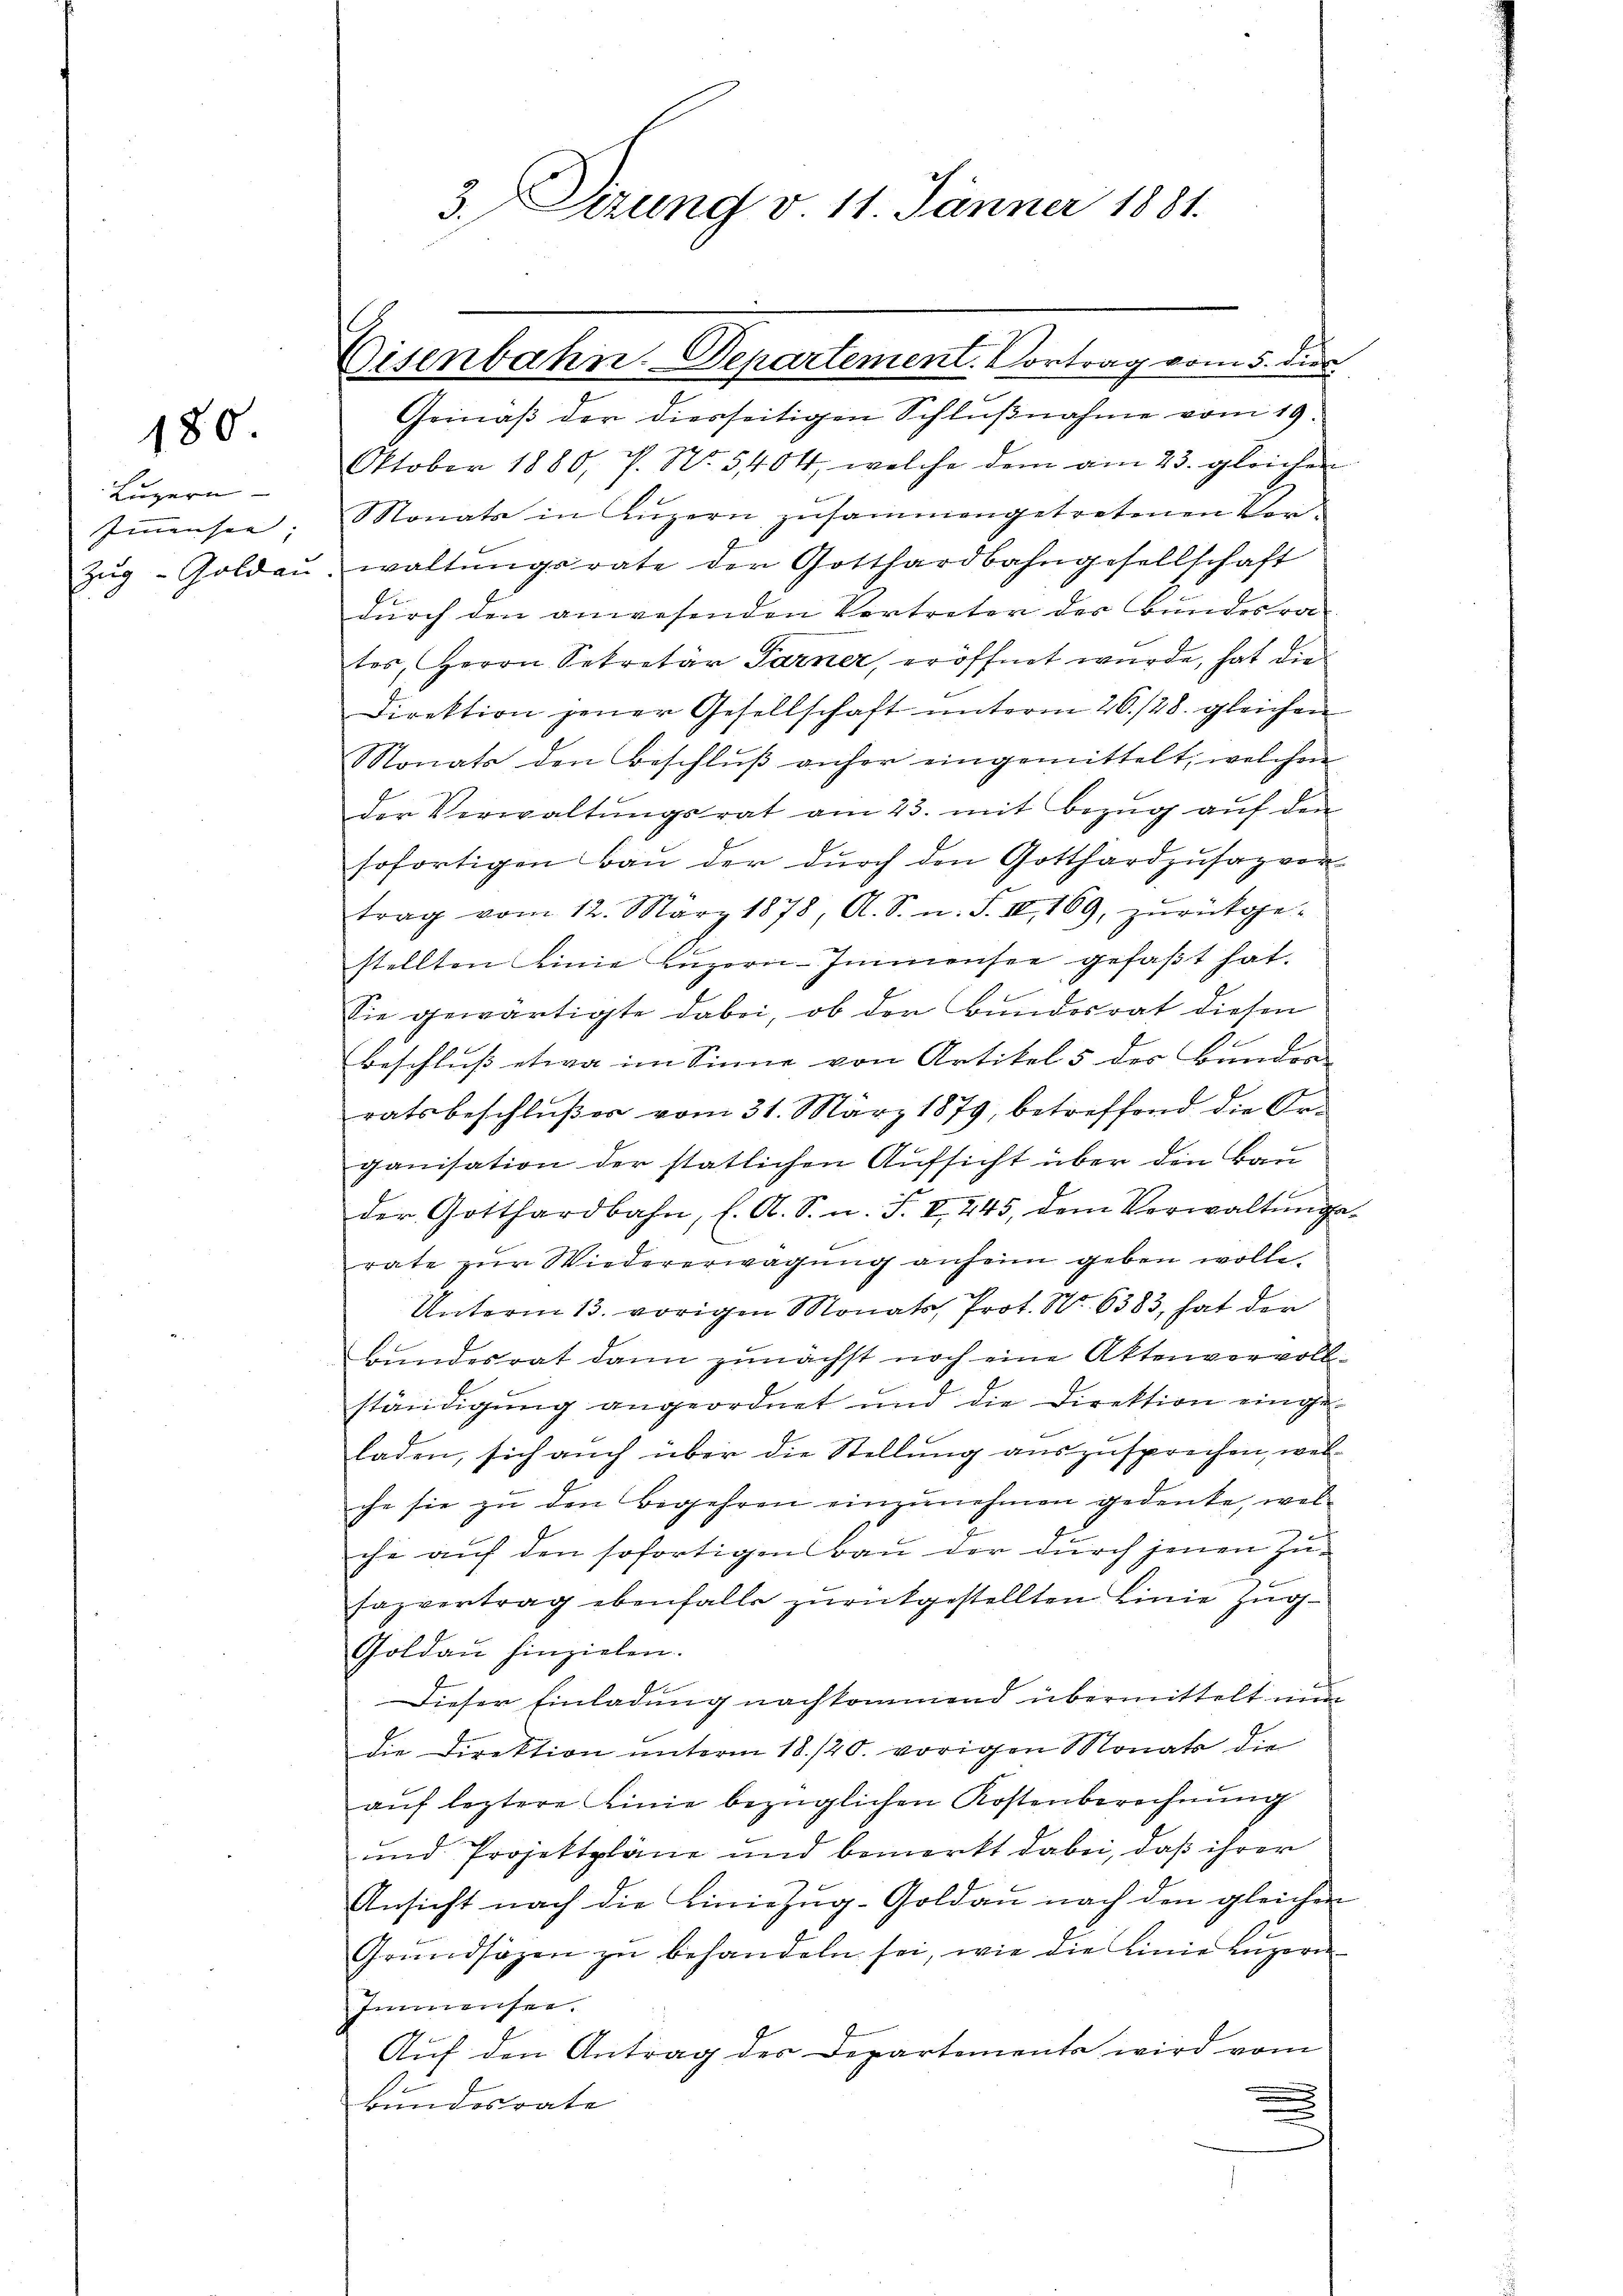
180.

Luzern |
Imnensee,

3. Dirung v. 11. Jänner 1881.

Gemäß der diesseitigen Schlußnahme vom 19.
Oktober 1880, P. Nr. 5404, welche dem am 23. gleichen
Monats in Lŭzern zusammengetretenen Ver¬
Zŭg-Goldaŭ waltŭngsrate der Gotthardbahngesellschaft
durch den anwesenden Vertreter des Bundesra
tes, Herrn Sekretär Parner, eröffnet wurde, hat die
Direktion jener Gesellschaft unterm 20./28. gleichen
Monats den Beschlŭβ anher eingemittelt, welchen
der Verwaltŭngsrat am 23. mit Bezŭg aŭf den
sofortigen Bau der durch den Gotthardzusaz ver
trag vom 12. März 1878, A. S. n. F. II, 169, zŭrückge-
stellten eine Luzern-Immensee gefaßt hat.
Sie gewärtigte dabei, ob der Bundesrat diesen
beschluß etwa im Sinne von Artikel 5 des Bandos
ratsbeschlußer vom 31. März 1879, betreffend die Organisation der statlichen Aufsicht über den Bau
der Gotthardbahn, l. A. S. n. F. II 245, dem Vorwaltŭngs-
rate zŭr Wiedererwägŭng anheim geben wolle.
Unterm 13. vorigen Monats Prot. No 6383, hat der
Bundesrat dann zunächst noch eine Aktenvervollständigung angeordnet und die Direktion einge-
laden, sich auch über die Stellung auszusprechen, wel-
che sie zu den Begehren einzunehmen gedenke, wel
che auf den sofortigen Bau der durch jenen Zusazvertrag ebenfalls zurückgestellten Linie Zug
Goldau hinzielen.
Dieser Einladung nachkommend übermittelt nun
die Direktion unterm 18./20. vorigen Monats die
aŭf leztere Linie bezüglichen Kostenberechnung
und Projektpläne und bemerkt dabei, daß ihrer
Ansicht nach die Liniezŭg-Goldau nach den gleichen
Grandsazen zŭ behandeln sei, wie die Linie Luzern
Imnmensee.
Auf den Antrag des Departemente wird vom
bundesrate
.

Cisenbahn-Departement. Vortrag vom 5. dies